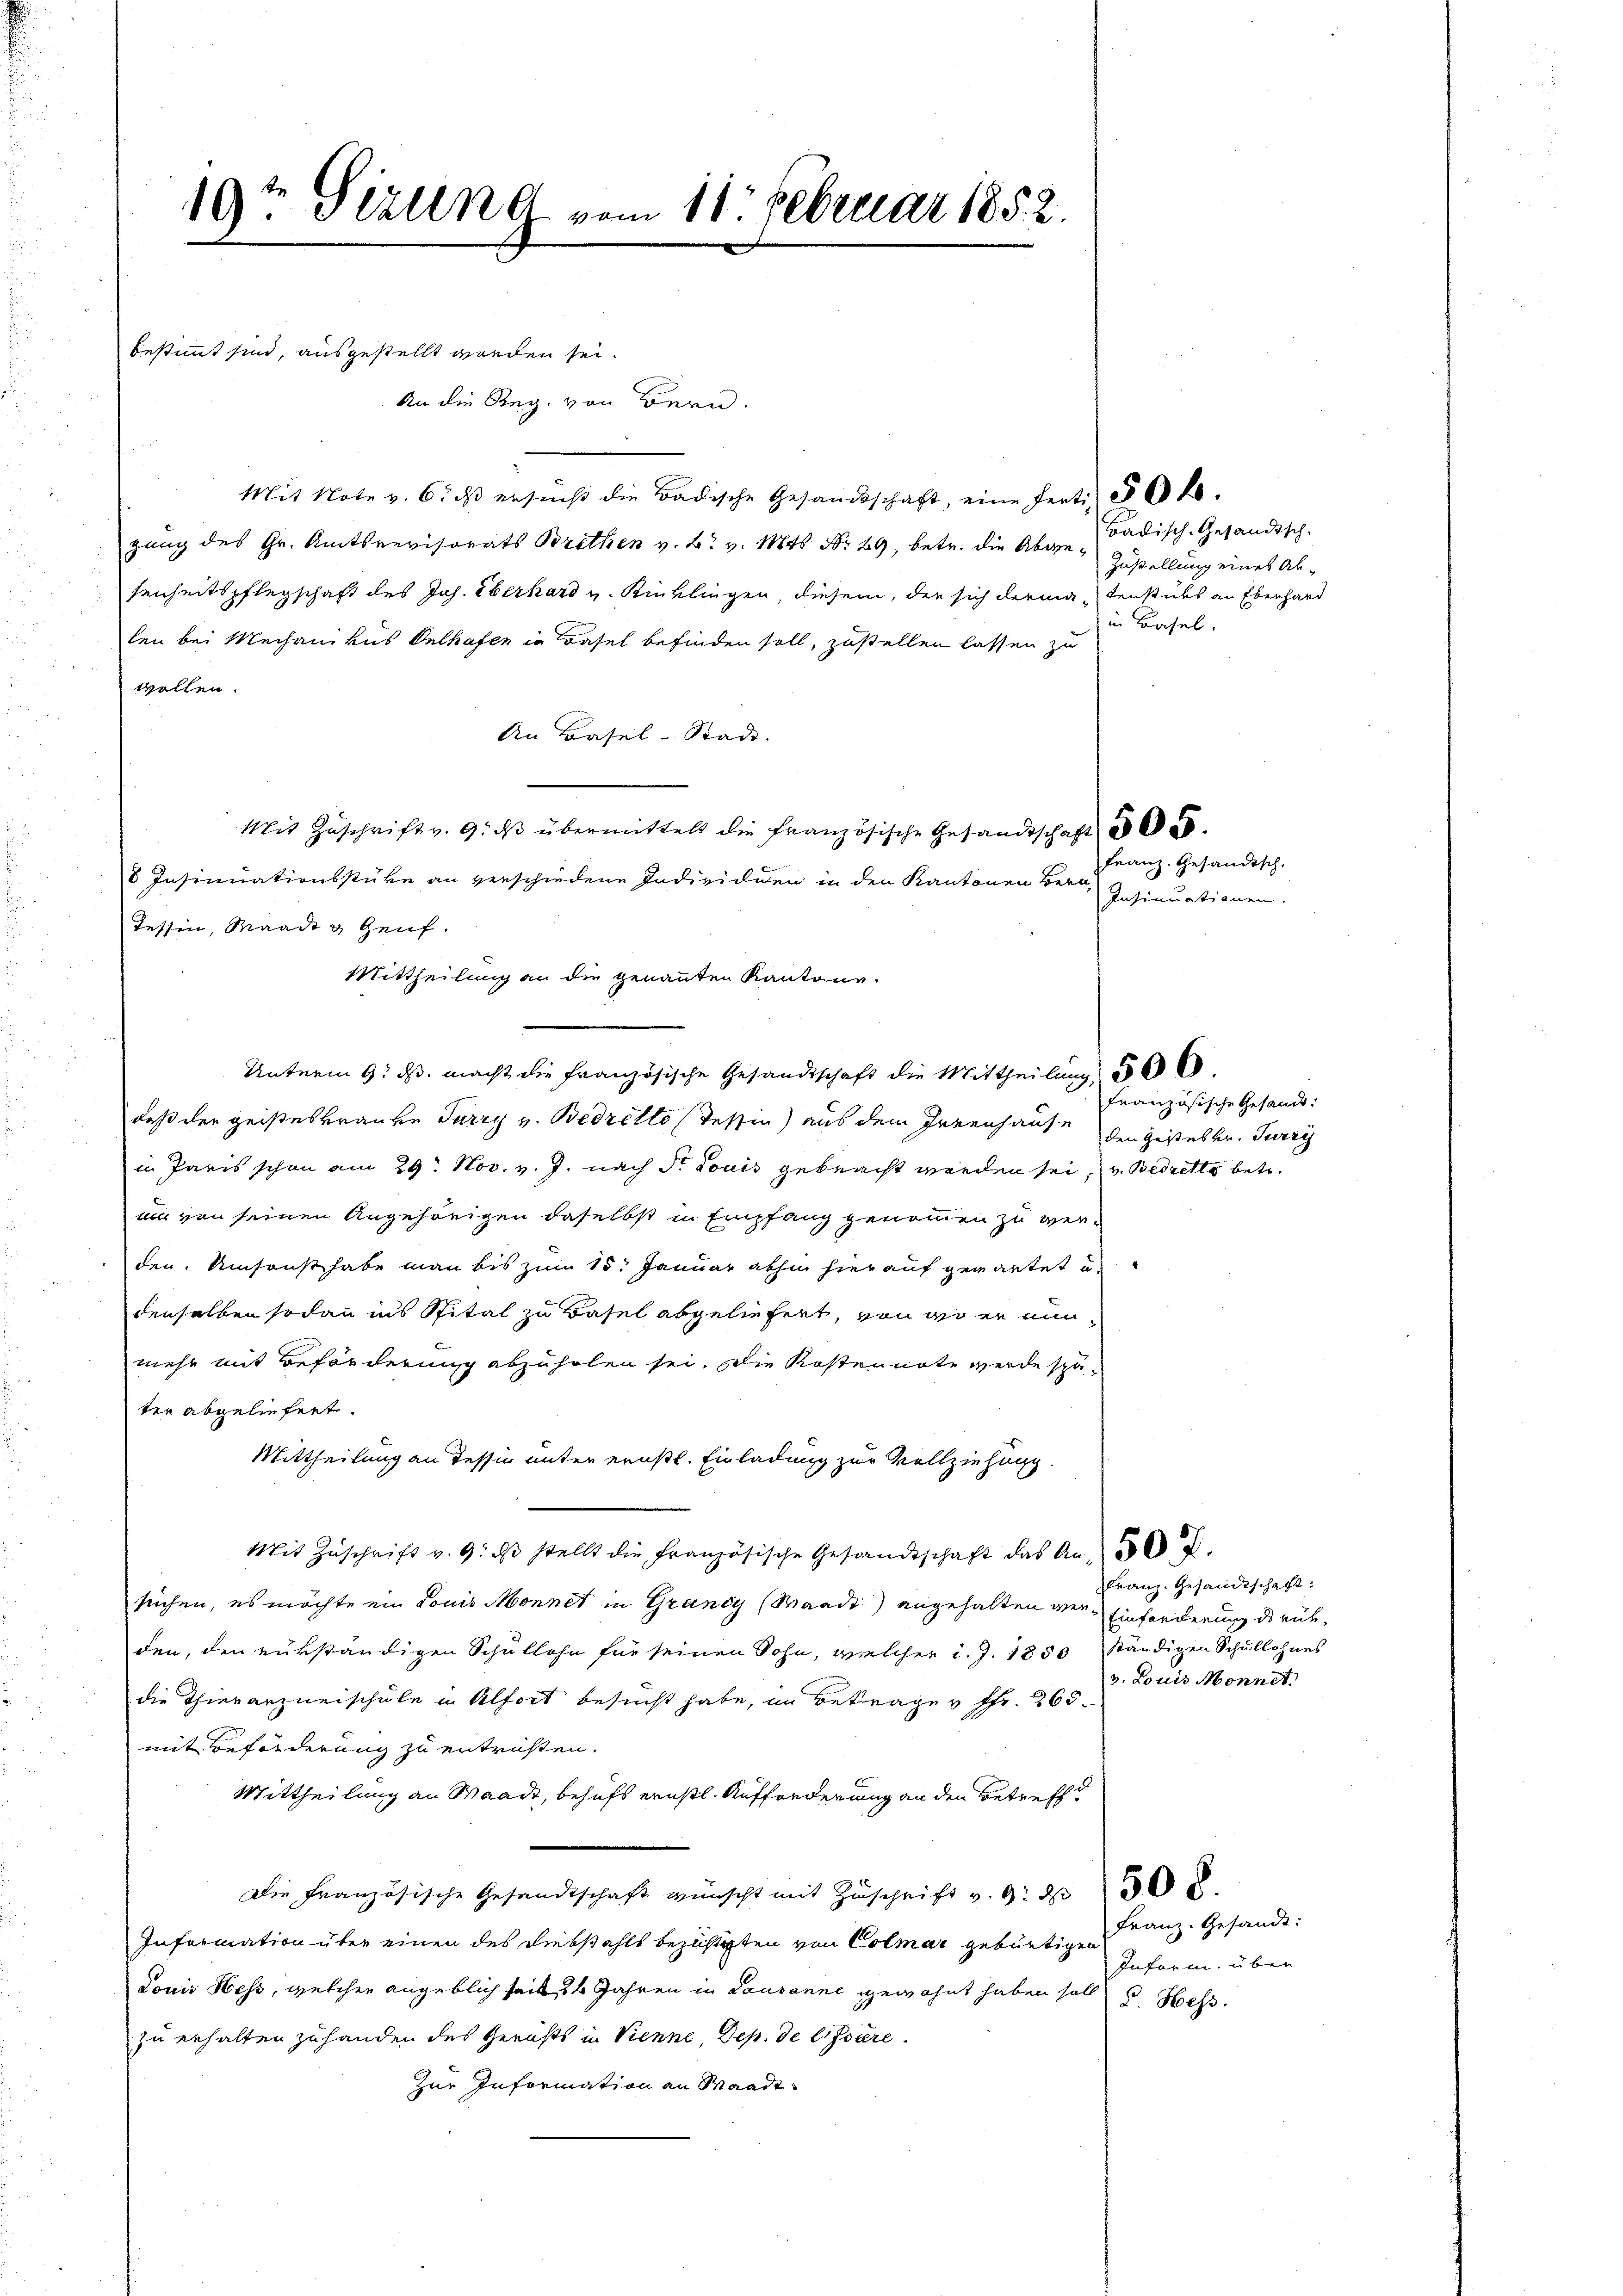
An die Reg. von Bern.
Mit Note v. 6. ds ersucht die Badische Gesandtschaft, eine ferti § 62
gung des Gr. Amtsrevisorats Brethen v. B. v. Mts. Nr. 29, betr. die Abgesenheitspflegschaft des Jos. Eberhard v. Kinklingen, diesem, der sich dermatenstücks an Eberhard
len bei Mechanikus Oelhafen in Basel befinden soll, zustellen lassen zu
wollen.
An Basel-Stadt.
Mit Zŭschrift v. 9. dβ übermittelt die französische Gesandtschaft
8 Insinuationsstüke an verschiedene Individien in den Kantonen Bera¬
Tessin, Waadt & Genf.
Mittheilung an die genannten Kantone.
Unterm 9. ds. macht die Französische Gesandtschaft die Mittheilung
daß der geisteskranke Turry v. Bedretto (Tessin) aus dem Irrenhause
in Paris schon am 29. Nov. v. J. nach S. Louis gebracht werden sei, u. Bedrette betr.
um von seinen Angehörigen daselbst in Empfang genommen zu verden. Umsonst habe man bis zum 15. Januar abhin hier auf gewartet u.
denselben sodann ins Spital zu Basel abgeliefert, von wo er nunmehr mit Beförderung abzuholen sei. Die Kostennote werde später abgeliefert.
Mittheilung an Tessin unter ernstl. Einladung zur Vollziehung.
Mit Zuschrift v. 9. ds stellt die Französische Gesandtschaft das An- 50 f.
suchen, es möchte ein Louis Monnet in Grancy (Waadt) angehalten wer- Einforderung de rükden, den rükständigen Schullohn für seinen Sohn, welcher d. J. 1850 ständigen Schullohnes
die Thierarzneischule in Alfort besucht habe, im Betrage v. Fr. 260.
mit Beförderung zu entrichten.
Mittheilung an Waadt, behufs ernstl. Aufforderung an den Betreff d
Die Französische Gesandtschaft wünscht mit Zuschrift v. 9. d. 302.
Information über einen des Diebstahls bezuhigten von Colmar gebürtigen
Louis Hess, welcher angeblich seit 24 Jahren in Lausanne gewohnt haben soll u. Hess
zu erhalten zuhanden des Gerichts in Vienne, Dep. de lisiere
Zur Information an Waadt

bestimmt sind, ausgestellt werden sei.

19t Sezung vom 11. Februar 1852.

Badisch-Gesandtsch-
Zustellung eines Abin Basel.

Franz. Gesandtsch.
Insinuationen.

Französische Gesandt:
den Gesteskr. Turri

Franz. Gesandtschaft:
v. Louis Monnet.

Franz. Gesandt:
Inform, über